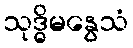
သုဒ္ဓိမနွေသံ